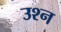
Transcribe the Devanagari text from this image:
उश्न